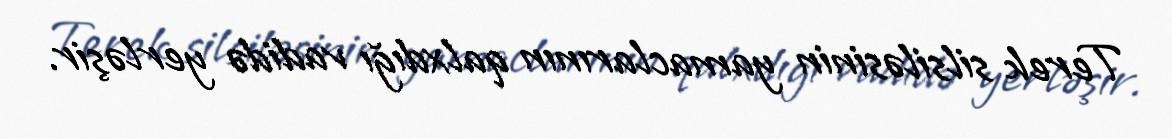
Terek silsiləsinin yamaclarının qalxdığı vadidə yerləşir.